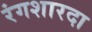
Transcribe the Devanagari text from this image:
रंगशारदा